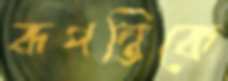
রূপন্তিকে